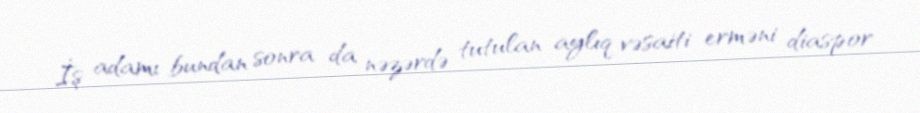
İş adamı bundan sonra da nəzərdə tutulan aylıq vəsaiti erməni diaspor